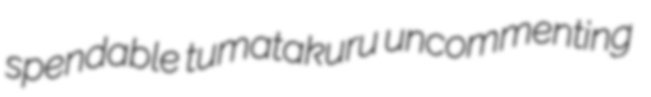
spendable tumatakuru uncommenting